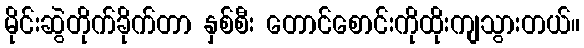
မိုင်းဆွဲတိုက်ခိုက်တာ နှစ်စီး တောင်စောင်းကိုထိုးကျသွားတယ်။